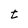
Character: t